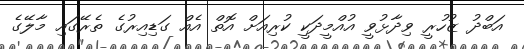
އަބްދު ޒުހުރީ ވިދާޅުވީ އުއްމީދަކީ ކުރިއަށް އޮތް އެއް ގަޑިއިރުގެ ތެރޭގައި މާލޭގެ